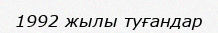
1992 жылы туғандар